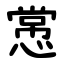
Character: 㦂